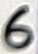
Text: 6